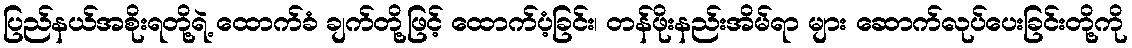
ပြည်နယ်အစိုးရတို့ရဲ့ ထောက်ခံ ချက်တို့ဖြင့် ထောက်ပံ့ခြင်း၊ တန်ဖိုးနည်းအိမ်ရာ များ ဆောက်လုပ်ပေးခြင်းတို့ကို